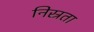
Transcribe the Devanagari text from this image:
निस्रता